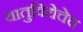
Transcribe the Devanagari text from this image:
यातुविद्येचेच